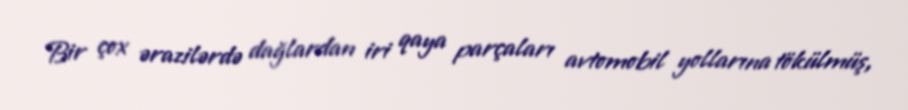
Bir çox ərazilərdə dağlardan iri qaya parçaları avtomobil yollarına tökülmüş,